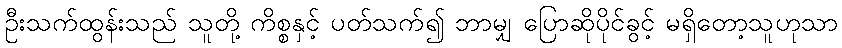
ဦးသက်ထွန်းသည် သူတို့ ကိစ္စနှင့် ပတ်သက်၍ ဘာမျှ ပြောဆိုပိုင်ခွင့် မရှိတော့သူဟုသာ